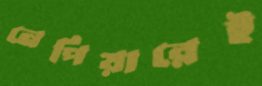
নেপিয়ারেই